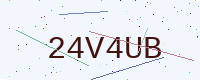
Text: 24V4UB